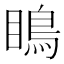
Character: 瞗